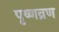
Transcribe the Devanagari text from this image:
पृष्णव्रण